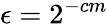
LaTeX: \epsilon=2^{-cm}